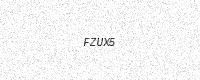
Text: FZUX5